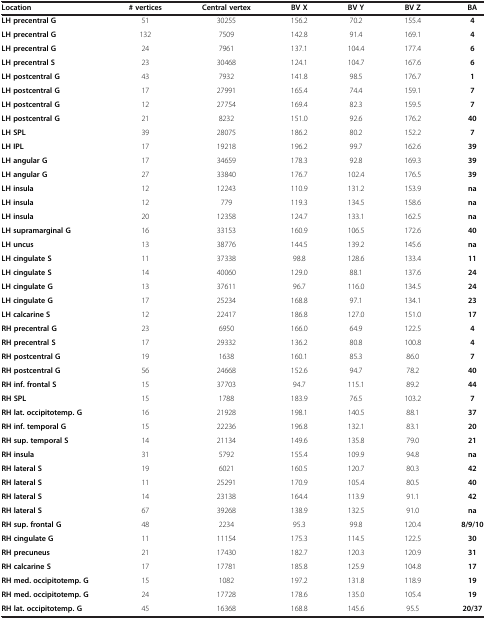
<table><thead><tr><td><b>Location</b></td><td><b># vertices</b></td><td><b>Central vertex</b></td><td><b>BV X</b></td><td><b>BV Y</b></td><td><b>BV Z</b></td><td><b>BA</b></td></tr></thead><tbody><tr><td><b>LH precentral G</b></td><td>51</td><td>30255</td><td>156.2</td><td>70.2</td><td>155.4</td><td><b>4</b></td></tr><tr><td><b>LH precentral G</b></td><td>132</td><td>7509</td><td>142.8</td><td>91.4</td><td>169.1</td><td><b>4</b></td></tr><tr><td><b>LH precentral G</b></td><td>24</td><td>7961</td><td>137.1</td><td>104.4</td><td>177.4</td><td><b>6</b></td></tr><tr><td><b>LH precentral S</b></td><td>23</td><td>30468</td><td>124.1</td><td>104.7</td><td>167.6</td><td><b>6</b></td></tr><tr><td><b>LH postcentral G</b></td><td>43</td><td>7932</td><td>141.8</td><td>98.5</td><td>176.7</td><td><b>1</b></td></tr><tr><td><b>LH postcentral G</b></td><td>17</td><td>27991</td><td>165.4</td><td>74.4</td><td>159.1</td><td><b>7</b></td></tr><tr><td><b>LH postcentral G</b></td><td>12</td><td>27754</td><td>169.4</td><td>82.3</td><td>159.5</td><td><b>7</b></td></tr><tr><td><b>LH postcentral G</b></td><td>21</td><td>8232</td><td>151.0</td><td>92.6</td><td>176.2</td><td><b>40</b></td></tr><tr><td><b>LH SPL</b></td><td>39</td><td>28075</td><td>186.2</td><td>80.2</td><td>152.2</td><td><b>7</b></td></tr><tr><td><b>LH IPL</b></td><td>17</td><td>19218</td><td>196.2</td><td>99.7</td><td>162.6</td><td><b>39</b></td></tr><tr><td><b>LH angular G</b></td><td>17</td><td>34659</td><td>178.3</td><td>92.8</td><td>169.3</td><td><b>39</b></td></tr><tr><td><b>LH angular G</b></td><td>27</td><td>33840</td><td>176.7</td><td>102.4</td><td>176.5</td><td><b>39</b></td></tr><tr><td><b>LH insula</b></td><td>12</td><td>12243</td><td>110.9</td><td>131.2</td><td>153.9</td><td><b>na</b></td></tr><tr><td><b>LH insula</b></td><td>12</td><td>779</td><td>119.3</td><td>134.5</td><td>158.6</td><td><b>na</b></td></tr><tr><td><b>LH insula</b></td><td>20</td><td>12358</td><td>124.7</td><td>133.1</td><td>162.5</td><td><b>na</b></td></tr><tr><td><b>LH supramarginal G</b></td><td>16</td><td>33153</td><td>160.9</td><td>106.5</td><td>172.6</td><td><b>40</b></td></tr><tr><td><b>LH uncus</b></td><td>13</td><td>38776</td><td>144.5</td><td>139.2</td><td>145.6</td><td><b>na</b></td></tr><tr><td><b>LH cingulate S</b></td><td>11</td><td>37338</td><td>98.8</td><td>128.6</td><td>133.4</td><td><b>11</b></td></tr><tr><td><b>LH cingulate S</b></td><td>14</td><td>40060</td><td>129.0</td><td>88.1</td><td>137.6</td><td><b>24</b></td></tr><tr><td><b>LH cingulate G</b></td><td>13</td><td>37611</td><td>96.7</td><td>116.0</td><td>134.5</td><td><b>24</b></td></tr><tr><td><b>LH cingulate G</b></td><td>17</td><td>25234</td><td>168.8</td><td>97.1</td><td>134.1</td><td><b>23</b></td></tr><tr><td><b>LH calcarine S</b></td><td>12</td><td>22417</td><td>186.8</td><td>127.0</td><td>151.0</td><td><b>17</b></td></tr><tr><td><b>RH precentral G</b></td><td>23</td><td>6950</td><td>166.0</td><td>64.9</td><td>122.5</td><td><b>4</b></td></tr><tr><td><b>RH precentral S</b></td><td>17</td><td>29332</td><td>136.2</td><td>80.8</td><td>100.8</td><td><b>4</b></td></tr><tr><td><b>RH postcentral G</b></td><td>19</td><td>1638</td><td>160.1</td><td>85.3</td><td>86.0</td><td><b>7</b></td></tr><tr><td><b>RH postcentral G</b></td><td>56</td><td>24668</td><td>152.6</td><td>94.7</td><td>78.2</td><td><b>40</b></td></tr><tr><td><b>RH inf. frontal S</b></td><td>15</td><td>37703</td><td>94.7</td><td>115.1</td><td>89.2</td><td><b>44</b></td></tr><tr><td><b>RH SPL</b></td><td>15</td><td>1788</td><td>183.9</td><td>76.5</td><td>103.2</td><td><b>7</b></td></tr><tr><td><b>RH lat. occipitotemp. G</b></td><td>16</td><td>21928</td><td>198.1</td><td>140.5</td><td>88.1</td><td><b>37</b></td></tr><tr><td><b>RH inf. temporal G</b></td><td>15</td><td>22236</td><td>196.8</td><td>132.1</td><td>83.1</td><td><b>20</b></td></tr><tr><td><b>RH sup. temporal S</b></td><td>14</td><td>21134</td><td>149.6</td><td>135.8</td><td>79.0</td><td><b>21</b></td></tr><tr><td><b>RH insula</b></td><td>31</td><td>5792</td><td>155.4</td><td>109.9</td><td>94.8</td><td><b>na</b></td></tr><tr><td><b>RH lateral S</b></td><td>19</td><td>6021</td><td>160.5</td><td>120.7</td><td>80.3</td><td><b>42</b></td></tr><tr><td><b>RH lateral S</b></td><td>11</td><td>25291</td><td>170.9</td><td>105.4</td><td>80.5</td><td><b>40</b></td></tr><tr><td><b>RH lateral S</b></td><td>14</td><td>23138</td><td>164.4</td><td>113.9</td><td>91.1</td><td><b>42</b></td></tr><tr><td><b>RH lateral S</b></td><td>67</td><td>39268</td><td>138.9</td><td>132.5</td><td>91.0</td><td><b>na</b></td></tr><tr><td><b>RH sup. frontal G</b></td><td>48</td><td>2234</td><td>95.3</td><td>99.8</td><td>120.4</td><td><b>8/9/10</b></td></tr><tr><td><b>RH cingulate G</b></td><td>11</td><td>11154</td><td>175.3</td><td>114.5</td><td>122.5</td><td><b>30</b></td></tr><tr><td><b>RH precuneus</b></td><td>21</td><td>17430</td><td>182.7</td><td>120.3</td><td>120.9</td><td><b>31</b></td></tr><tr><td><b>RH calcarine S</b></td><td>17</td><td>17781</td><td>185.8</td><td>125.9</td><td>104.8</td><td><b>17</b></td></tr><tr><td><b>RH med. occipitotemp. G</b></td><td>15</td><td>1082</td><td>197.2</td><td>131.8</td><td>118.9</td><td><b>19</b></td></tr><tr><td><b>RH med. occipitotemp. G</b></td><td>24</td><td>17728</td><td>178.6</td><td>135.0</td><td>105.4</td><td><b>19</b></td></tr><tr><td><b>RH lat. occipitotemp. G</b></td><td>45</td><td>16368</td><td>168.8</td><td>145.6</td><td>95.5</td><td><b>20/37</b></td></tr></tbody></table>